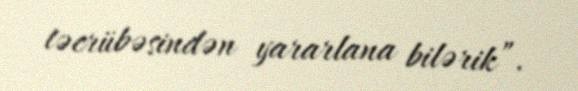
təcrübəsindən yararlana bilərik”.